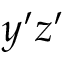
y ^ { \prime } z ^ { \prime }